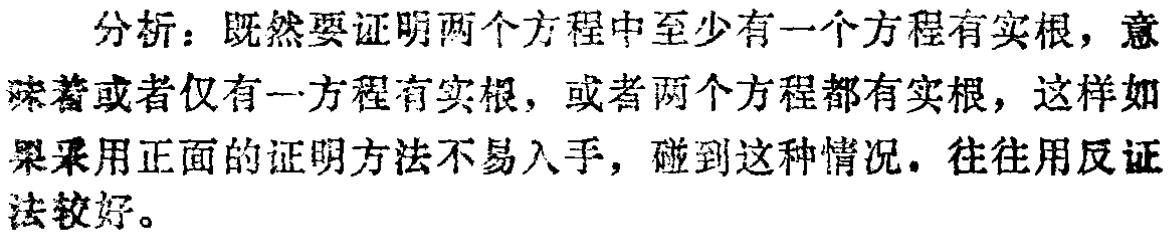
分析：既然要证明两个方程中至少有一个方程有实根，意味着或者仅有一方程有实根，或者两个方程都有实根，这样如果采用正面的证明方法不易入手，碰到这种情况。往往用反证法较好。